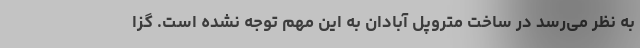
به نظر می‌رسد در ساخت متروپل آبادان به این مهم توجه نشده است. گزا